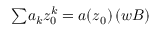
{ \textstyle \sum } a _ { k } z _ { 0 } ^ { k } = a ( z _ { 0 } ) \, ( \boldsymbol { w B } )